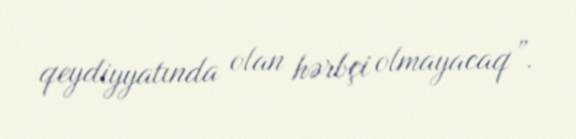
qeydiyyatında olan hərbçi olmayacaq”.